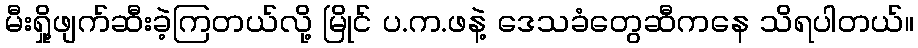
မီးရှို့ဖျက်ဆီးခဲ့ကြတယ်လို့ မြိုင် ပ.က.ဖနဲ့ ဒေသခံတွေဆီကနေ သိရပါတယ်။